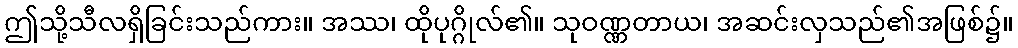
ဤသို့သီလရှိခြင်းသည်ကား။ အဿ၊ ထိုပုဂ္ဂိုလ်၏။ သုဝဏ္ဏတာယ၊ အဆင်းလှသည်၏အဖြစ်၌။